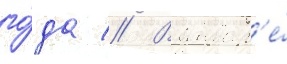
го́да // В январ'е́